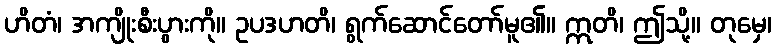
ဟိတံ၊ အကျိုးစီးပွားကို။ ဥပဒဟတိ၊ ရွက်ဆောင်တော်မူ၏။ ဣတိ၊ ဤသို့။ တုမှေ၊